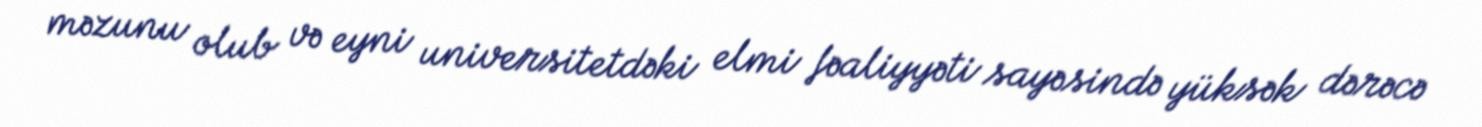
məzunu olub və eyni universitetdəki elmi fəaliyyəti sayəsində yüksək dərəcə